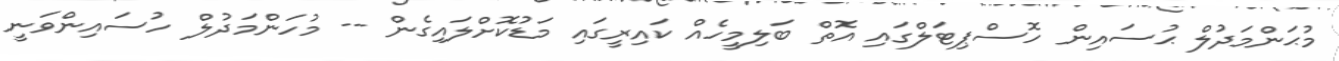
މުޙަންމަދުލް ޙުސައިން ހޮސްޕިޓަލްގައި އޮތް ބަލިމީހެއް ކައިރީގައި މަޑުކޮށްލައިގެން -- މުހަންމަދުލް ހުސައިންވަނީ